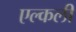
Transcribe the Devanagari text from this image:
एल्कली